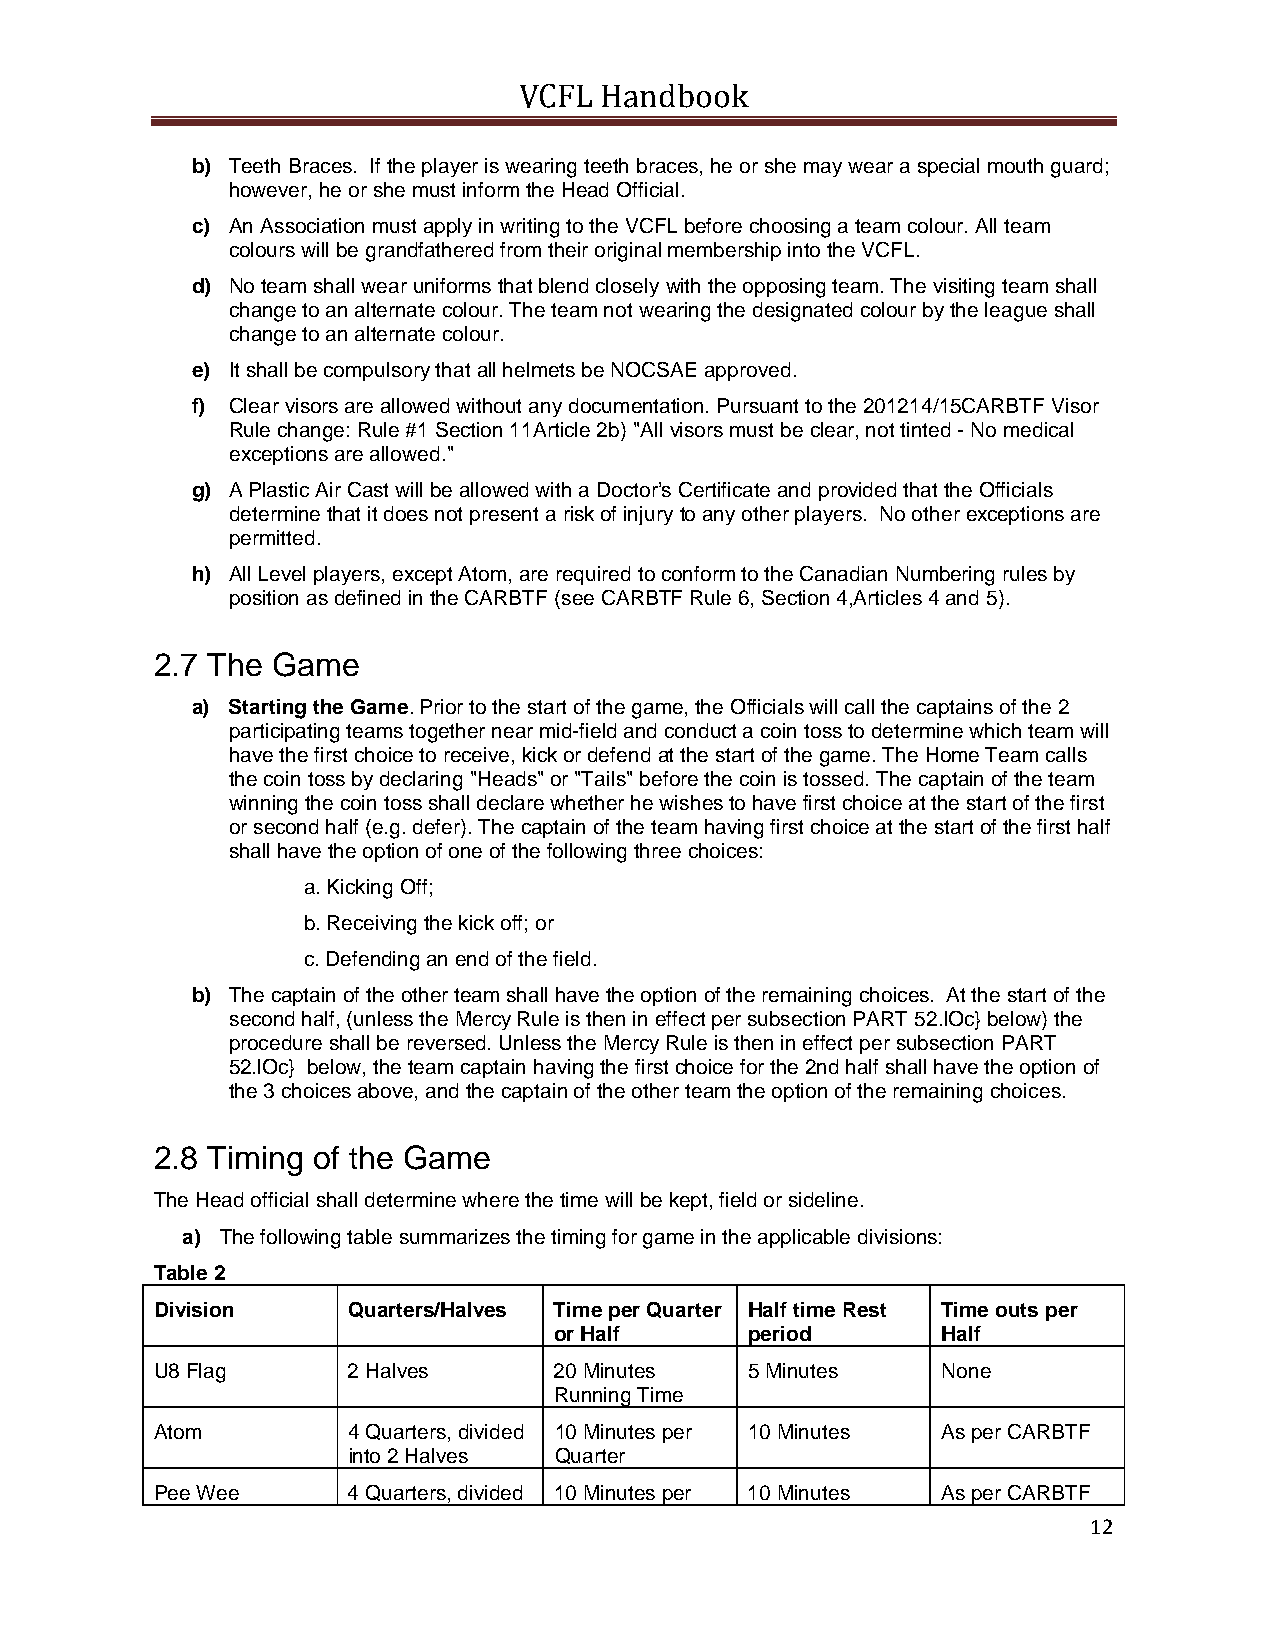
VCFL  Handbook
 b) Teeth Braces. If the player is wearing teeth braces, he or she may wear a special mouth guard;
 however, he or she must inform the Head Official.
 c) An Association must apply in writing to the VCFL before choosing a team colour. All team
 colours will be grandfathered from their original membership into the VCFL.
 d) No team shall wear uniforms that blend closely with the opposing team. The visiting team shall
 change to an alternate colour. The team not wearing the designated colour by the league shall
 change to an alternate colour.
 e) It shall be compulsory that all helmets be NOCSAE approved.
 f) Clear visors are allowed without any documentation. Pursuant to the 201214/15CARBTF Visor
 Rule change: Rule #1 Section 11Article 2b) "All visors must be clear, not tinted - No medical
 exceptions are allowed."
 g) A Plastic Air Cast will be allowed with a Doctor’s Certificate and provided that the Officials
 determine that it does not present a risk of injury to any other players. No other exceptions are
 permitted.
 h) All Level players, except Atom, are required to conform to the Canadian Numbering rules by
 position as defined in the CARBTF (see CARBTF Rule 6, Section 4,Articles 4 and 5).
 2.7 The Game
 a) Starting the Game. Prior to the start of the game, the Officials will call the captains of the 2
 participating teams together near mid-field and conduct a coin toss to determine which team will
 have the first choice to receive, kick or defend at the start of the game. The Home Team calls
 the coin toss by declaring "Heads" or "Tails" before the coin is tossed. The captain of the team
 winning the coin toss shall declare whether he wishes to have first choice at the start of the first
 or second half (e.g. defer). The captain of the team having first choice at the start of the first half
 shall have the option of one of the following three choices:
 a. Kicking Off;
 b. Receiving the kick off; or
 c. Defending an end of the field.
 b) The captain of the other team shall have the option of the remaining choices. At the start of the
 second half, (unless the Mercy Rule is then in effect per subsection PART 52.lOc} below) the
 procedure shall be reversed. Unless the Mercy Rule is then in effect per subsection PART
 52.lOc} below, the team captain having the first choice for the 2nd half shall have the option of
 the 3 choices above, and the captain of the other team the option of the remaining choices.
 2.8 Timing of the Game
 The Head official shall determine where the time will be kept, field or sideline.
 a) The following table summarizes the timing for game in the applicable divisions:
 Table 2
 Division     Quarters/Halves Time per Quarter Half time Rest Time outs per
 or Half      period      Half
 U8 Flag      2 Halves      20 Minutes   5 Minutes   None
 Running Time
 Atom         4 Quarters, divided 10 Minutes per 10 Minutes As per CARBTF
 into 2 Halves Quarter
 Pee Wee      4 Quarters, divided 10 Minutes per 10 Minutes As per CARBTF
 12